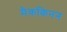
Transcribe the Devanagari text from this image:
मैककिनन